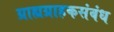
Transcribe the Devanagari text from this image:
ग्राह्यग्राहकसंबंध